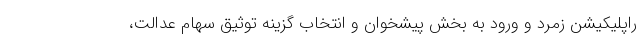
راپلیکیشن زمرد و ورود به بخش پیشخوان و انتخاب گزینه توثیق سهام عدالت،